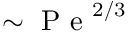
\sim \mathrm { ~ P ~ e ~ } ^ { 2 / 3 }